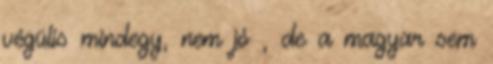
végülis mindegy, nem jó , de a magyar sem